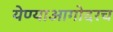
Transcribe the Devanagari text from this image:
येण्याआगोदरच